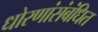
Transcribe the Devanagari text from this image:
धोरणांसंबंधित